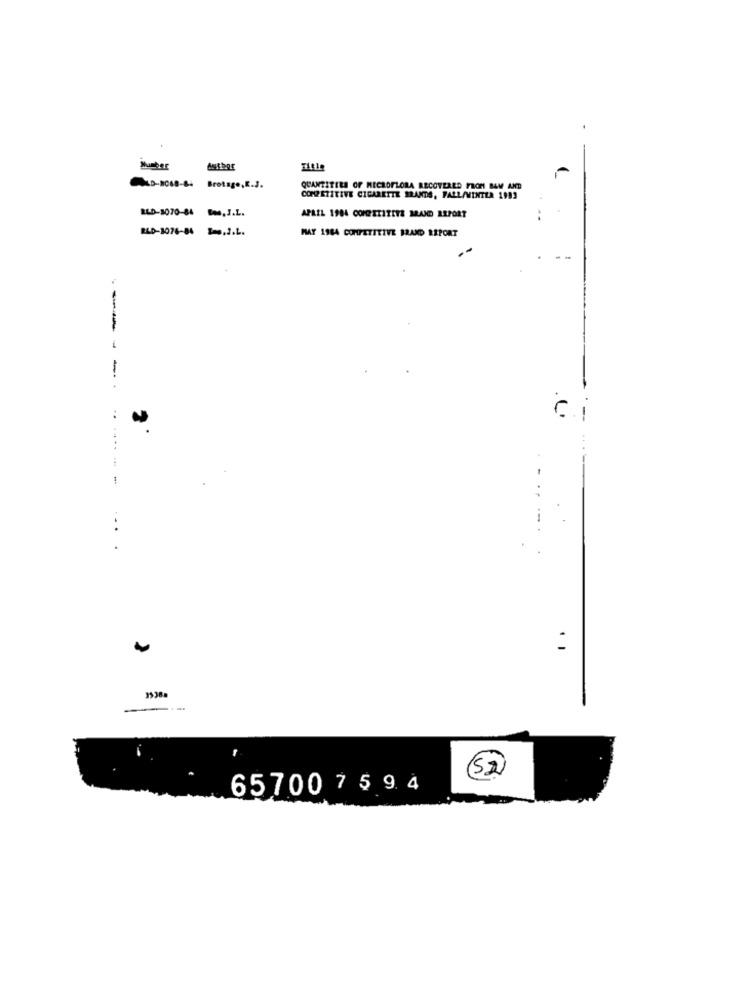
Brotage,R.J.
QUANTITIES OF MICROFLORA RECOVERED FROM BAM AND
COMPETITIVE CIGARETTE BRANDS, FALL/WINTER 1983
BLD-8070-84
w.J.L.
APRIL 1984 COMPITITITE MAJD ARPORT
RLD-1076-84
MAY 1984 COMPETITIVE BRAND REPORT
-
......-
--
..
---
65700 7 5 9 4